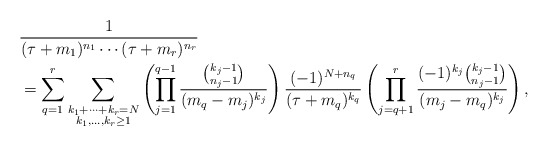
\begin{align*}&\frac{1}{(\tau+m_1)^{n_1}\cdots (\tau+m_r)^{n_r}} \\&= \sum_{q=1}^r\sum_{\substack{k_1+\cdots+k_r=N\\k_1,\ldots,k_r\ge1}} \left( \prod_{j=1}^{q-1}\frac{\binom{k_j-1}{n_j-1}}{(m_q-m_j)^{k_j}}\right) \frac{(-1)^{N+n_q}}{(\tau+m_q)^{k_q}} \left( \prod_{j=q+1}^r \frac{(-1)^{k_j}\binom{k_j-1}{n_j-1}}{(m_j-m_q)^{k_j}} \right),\end{align*}